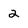
Character: 2